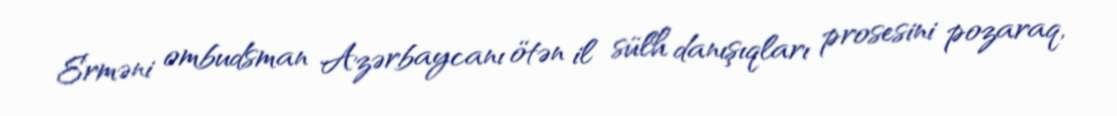
Erməni ombudsman Azərbaycanı ötən il sülh danışıqları prosesini pozaraq,